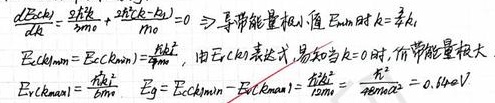
由\(\frac{dE_c(k)}{dk}=\frac{2\hbar^{2}k}{2m_0}+\frac{2\hbar^{2}(k - k_1)}{m_0}=0\)，可得导带能量极小值 \(E_{min}\) 时 \(k = \frac{k_1}{3}\)。

此时\(E_c(k_{min})=\frac{\hbar^{2}k_{1}^{2}}{18m_0}\)。由 \(E_c(k)\) 表达式，易知当 \(k = 0\) 时，价带能量极大，\(E_c(k_{max})=\frac{\hbar^{2}k_{1}^{2}}{2m_0}\)。

则\(E_g=E_c(k_{min})-E_c(k_{max})=\frac{\hbar^{2}k_{1}^{2}}{18m_0}-\frac{\hbar^{2}k_{1}^{2}}{2m_0}=0.46eV\) 。